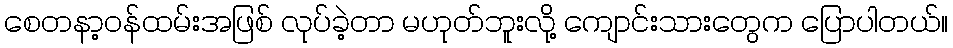
စေတနာ့ဝန်ထမ်းအဖြစ် လုပ်ခဲ့တာ မဟုတ်ဘူးလို့ ကျောင်းသားတွေက ပြောပါတယ်။